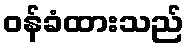
ဝန်ခံထားသည်